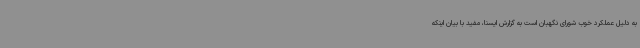
به دلیل عملکرد خوب شورای نگهبان است به گزارش ایسنا، مفید با بیان اینکه